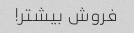
فروش بیشتر!